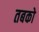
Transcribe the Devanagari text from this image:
तबको